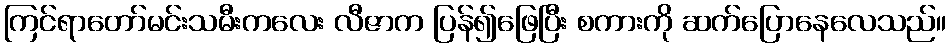
ကြင်ရာတော်မင်းသမီးကလေး လီဇာက ပြန်၍ဖြေပြီး စကားကို ဆက်ပြောနေလေသည်။